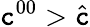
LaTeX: \mathtt{c}^{00}>{\hat{{\mathtt{c}}}}